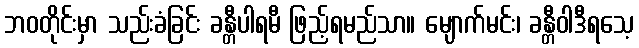
ဘဝတိုင်းမှာ သည်းခံခြင်း ခန္တီပါရမီ ဖြည့်ရမည်သာ။ မျောက်မင်း၊ ခန္တီဝါဒီရသေ့